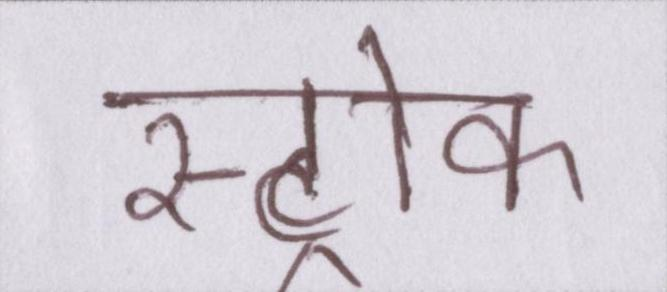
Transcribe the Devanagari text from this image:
स्ट्रोक